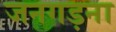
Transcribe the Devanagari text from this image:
जनगड़ना